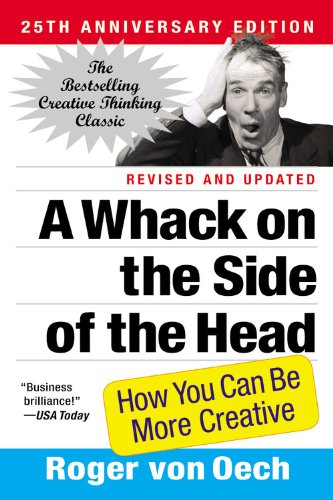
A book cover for A Whack on the Side of the Head: How You Can Be More Creative; Roger von Oech; Health, Fitness & Dieting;